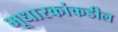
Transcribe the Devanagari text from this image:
भूधारकांकडील